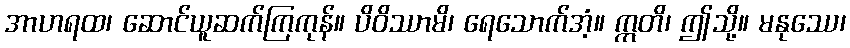
အာဟရထ၊ ဆောင်ယူဆက်ကြကုန်။ ပိဝိဿာမိ၊ ရေသောက်အံ့။ ဣတိ၊ ဤသို့။ မနုဿေ၊